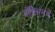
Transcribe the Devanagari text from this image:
बॉक्सिंगचं